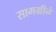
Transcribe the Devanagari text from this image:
सामग्रीने